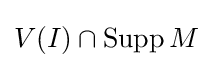
V(I)\cap \operatorname {Supp} M